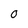
Character: O